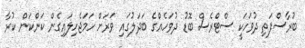
ބުރާސްފަތި ދުވަހަކީ ސްޓްރެސް ބޮޑު ދުވަހެއްގެ ބަދަލުގައި ވަރަށް ހަމަޖެހިލައިގެން ކަންކަން ކުރާ